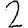
Digit: 2